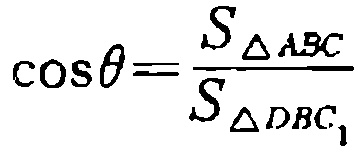
\(\cos\theta=\frac{S_{\triangle ABC}}{S_{\triangle DBC_{1}}}\)